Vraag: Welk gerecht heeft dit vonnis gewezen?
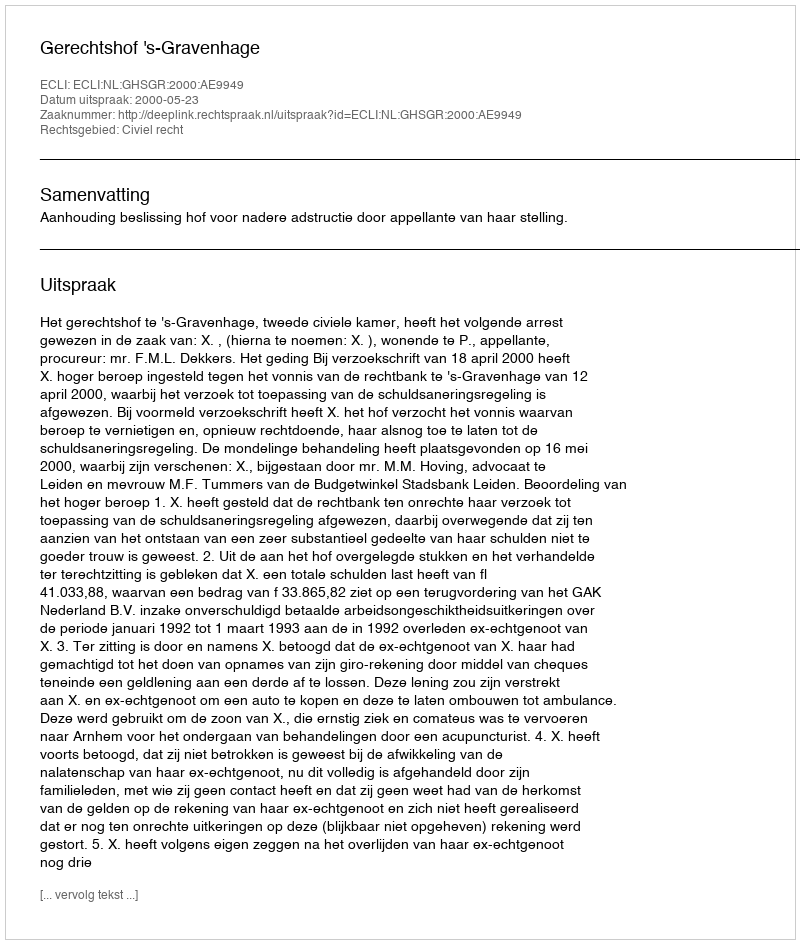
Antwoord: Gerechtshof 's-Gravenhage